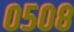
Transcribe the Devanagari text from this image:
०५०८